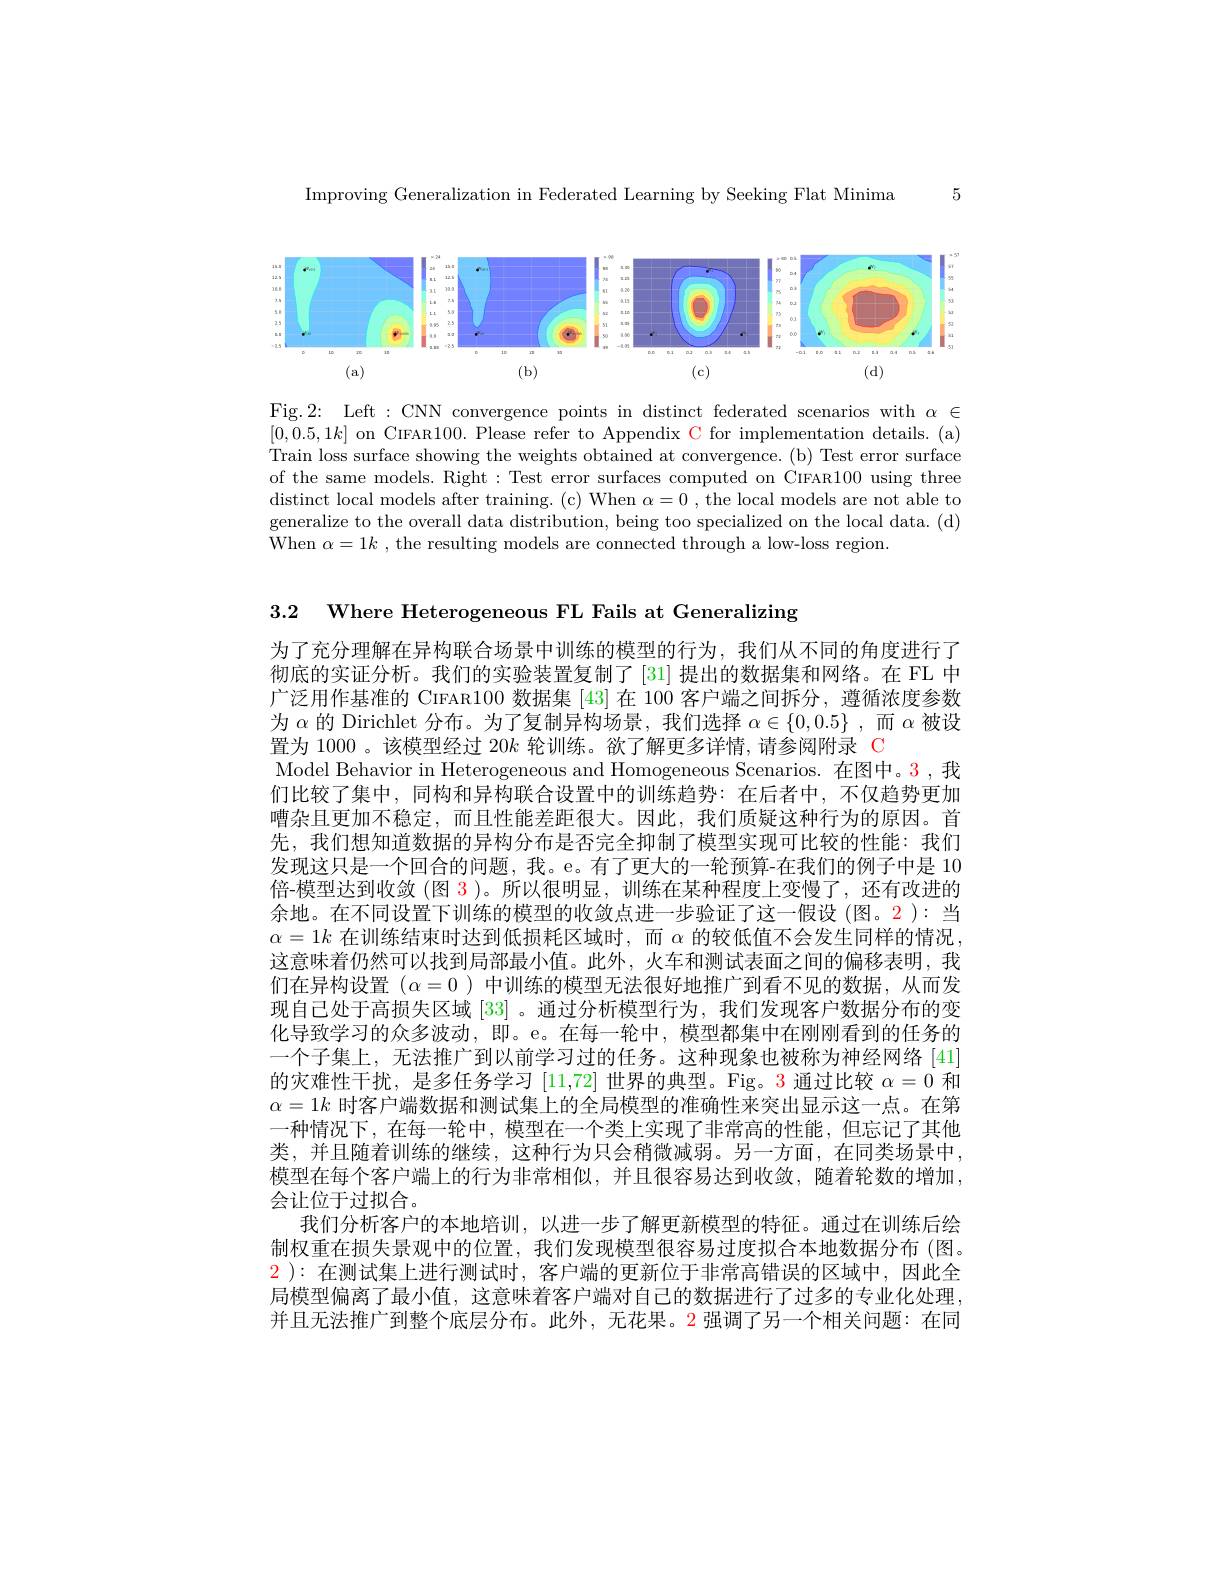
5

Improving Generalization in Federated Learning by Seeking Flat Minima

<FigureHere>

Fig.2: Left : CNN convergence points in distinct federated scenarios with $\alpha\in$ $[0,0.5,1k]$ on CIFAR100. Please refer to Appendix C for implementation details. (a) Train loss surface showing the weights obtained at convergence. (b) Test error surface of the same models. Right: Test error surfaces computed on CIFAR100 using three distinct local models after training. (c) When $\alpha=0$ , the local models are not able to generalize to the overall data distribution, being too specialized on the local data. (d) When $\alpha=1k$ , the resulting models are connected through a low-loss region.

3.2 Where Heterogeneous FL Fails at Generalizing

为了充分理解在异构联合场景中训练的模型的行为，我们从不同的角度进行了彻底的实证分析。我们的实验装置复制了[31] 提出的数据集和网络。在 FL 中广泛用作基准的 CIFAR100 数据集[43]在 100 客户端之间拆分，遵循浓度参数为$\alpha$的 Dirichlet 分布。为了复制异构场景，我们选择$\alpha\in\{0,0.5\}$,而$\alpha$被设置为 1000 。该模型经过 20$k$轮训练。欲了解更多详情，请参阅附录 C
Model Behavior in Heterogeneous and Homogeneous Scenarios. 在图中。3,我们比较了集中，同构和异构联合设置中的训练趋势：在后者中，不仅趋势更加嘈杂且更加不稳定，而且性能差距很大。因此，我们质疑这种行为的原因。首先，我们想知道数据的异构分布是否完全抑制了模型实现可比较的性能：我们发现这只是一个回合的问题，我。e。有了更大的一轮预算-在我们的例子中是 10倍-模型达到收敛 (图 3 )。所以很明显，训练在某种程度上变慢了，还有改进的余地。在不同设置下训练的模型的收敛点进一步验证了这一假设(图。2 ): 当$\alpha=1k$在训练结束时达到低损耗区域时，而$\alpha$的较低值不会发生同样的情况， 这意味着仍然可以找到局部最小值。此外，火车和测试表面之间的偏移表明，我们在异构设置$(\alpha=0$ )中训练的模型无法很好地推广到看不见的数据，从而发现自己处于高损失区域 [33] 。通过分析模型行为，我们发现客户数据分布的变化导致学习的众多波动，即。e。在每一轮中，模型都集中在刚刚看到的任务的一个子集上，无法推广到以前学习过的任务。这种现象也被称为神经网络 [41] 的灾难性干扰，是多任务学习[11,72]世界的典型。Fig。3 通过比较$\alpha=0$和$\alpha=1k$时客户端数据和测试集上的全局模型的准确性来突出显示这一点。在第一种情况下，在每一轮中，模型在一个类上实现了非常高的性能，但忘记了其他类，并且随着训练的继续，这种行为只会稍微减弱。另一方面，在同类场景中， 模型在每个客户端上的行为非常相似，并且很容易达到收敛，随着轮数的增加， 会让位于过拟合。
我们分析客户的本地培训，以进一步了解更新模型的特征。通过在训练后绘制权重在损失景观中的位置，我们发现模型很容易过度拟合本地数据分布 (图。2 ):在测试集上进行测试时，客户端的更新位于非常高错误的区域中，因此全局模型偏离了最小值，这意味着客户端对自己的数据进行了过多的专业化处理并且无法推广到整个底层分布。此外，无花果。2 强调了另一个相关问题：在同